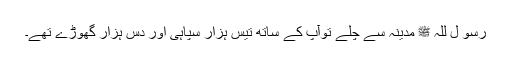
رسو ل للہ ﷺ مدینہ سے چلے توآپ کے ساتھ تیس ہزار سپاہی اور دس ہزار گھوڑے تھے۔